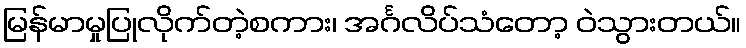
မြန်မာမှုပြုလိုက်တဲ့စကား၊ အင်္ဂလိပ်သံတော့ ဝဲသွားတယ်။